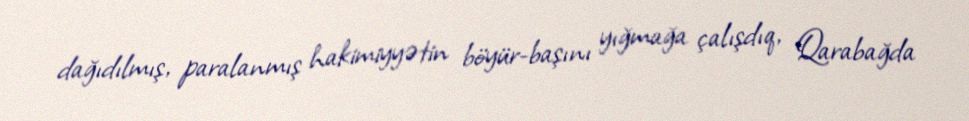
dağıdılmış, paralanmış hakimiyyətin böyür-başını yığmağa çalışdıq, Qarabağda